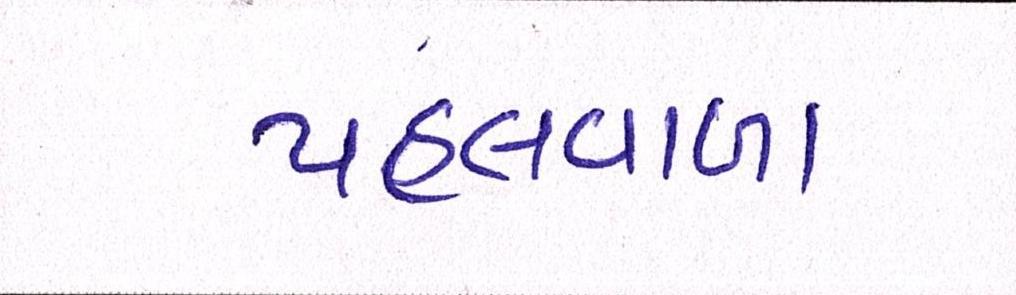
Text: પહલવાળા